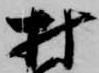
村